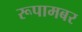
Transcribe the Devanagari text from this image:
रूपामबर